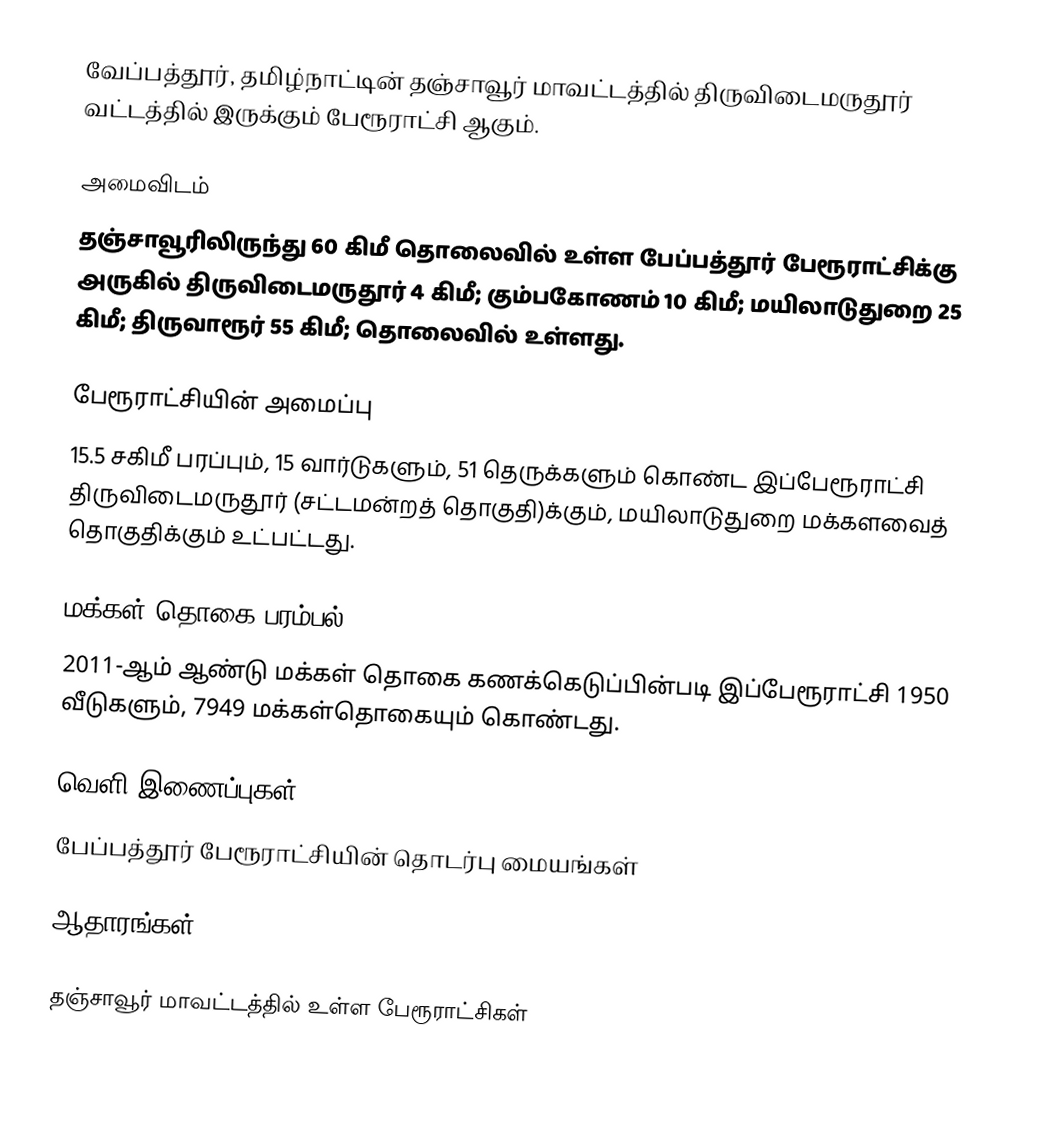
வேப்பத்தூர், தமிழ்நாட்டின் தஞ்சாவூர் மாவட்டத்தில் திருவிடைமருதூர் வட்டத்தில் இருக்கும் பேரூராட்சி ஆகும்.

அமைவிடம்
தஞ்சாவூரிலிருந்து  60 கிமீ தொலைவில் உள்ள பேப்பத்தூர் பேரூராட்சிக்கு அருகில் திருவிடைமருதூர் 4 கிமீ;  கும்பகோணம் 10 கிமீ; மயிலாடுதுறை 25 கிமீ; திருவாரூர் 55 கிமீ;  தொலைவில் உள்ளது.

பேரூராட்சியின் அமைப்பு
15.5 சகிமீ பரப்பும்,  15  வார்டுகளும், 51  தெருக்களும் கொண்ட இப்பேரூராட்சி  திருவிடைமருதூர் (சட்டமன்றத் தொகுதி)க்கும், மயிலாடுதுறை மக்களவைத் தொகுதிக்கும் உட்பட்டது.

மக்கள் தொகை பரம்பல்
2011-ஆம் ஆண்டு மக்கள் தொகை கணக்கெடுப்பின்படி  இப்பேரூராட்சி     1950 வீடுகளும், 7949 மக்கள்தொகையும் கொண்டது.

வெளி இணைப்புகள்
 பேப்பத்தூர் பேரூராட்சியின் தொடர்பு மையங்கள்

ஆதாரங்கள்

தஞ்சாவூர் மாவட்டத்தில் உள்ள பேரூராட்சிகள்